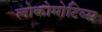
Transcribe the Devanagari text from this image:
लोकोमोटिव्स